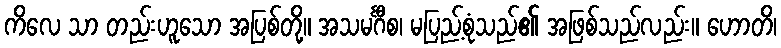
ကိလေ သာ တည်းဟူသော အပြစ်တို့။ အသမင်္ဂီစ၊ မပြည့်စုံသည်၏ အဖြစ်သည်လည်း။ ဟောတိ၊